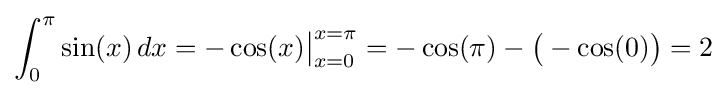
\int _{0}^{\pi }\sin(x)\,dx=-\cos(x){\big |}_{x=0}^{x=\pi }=-\cos(\pi )-{\big (}-\cos(0){\big )}=2